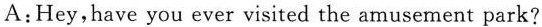
A:Hey,have you ever visited the amusement park?